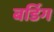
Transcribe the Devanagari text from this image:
बर्डिग